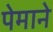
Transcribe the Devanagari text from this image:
पेमाने